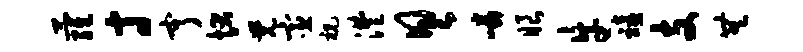
萝寸亨状觉宦祝澧具嶙眼牛禧支无